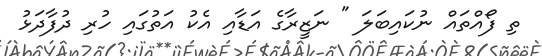
ތި ފޯއްތައް ނުކައިބަލަ " ނަޒީރާގެ އަޑާއި އެކު އަތުގައި ހުރި ދުފާދަޅު